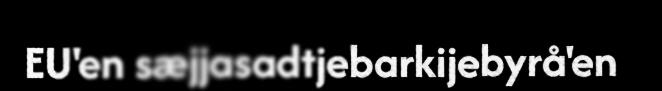
EU'en sæjjasadtjebarkijebyrå'en